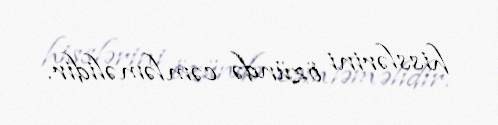
hisslərini özündə cəmləməlidir.